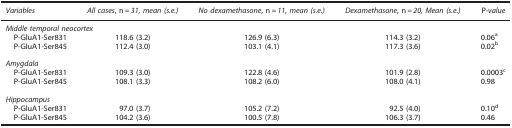
<table><thead><tr><td><b><i>Variables</i></b></td><td><b><i>All cases</i>, n=<i>31, mean (s.e.)</i></b></td><td><b><i>No dexamethasone</i>, n=<i>11, mean (s.e.)</i></b></td><td><b><i>Dexamethasone</i>, n=<i>20, Mean (s.e.)</i></b></td><td><b>P<i>-value</i></b></td></tr></thead><tbody><tr><td colspan="5"><i>Middle temporal neocortex</i></td></tr><tr><td> P-GluA1-Ser831</td><td>118.6 (3.2)</td><td>126.9 (6.3)</td><td>114.3 (3.2)</td><td>0.06a</td></tr><tr><td> P-GluA1-Ser845</td><td>112.4 (3.0)</td><td>103.1 (4.1)</td><td>117.3 (3.6)</td><td>0.02b</td></tr><tr><td colspan="5"> </td></tr><tr><td colspan="5"><i>Amygdala</i></td></tr><tr><td> P-GluA1-Ser831</td><td>109.3 (3.0)</td><td>122.8 (4.6)</td><td>101.9 (2.8)</td><td>0.0003c</td></tr><tr><td> P-GluA1-Ser845</td><td>108.1 (3.3)</td><td>108.2 (6.0)</td><td>108.0 (4.1)</td><td>0.98</td></tr><tr><td colspan="5"> </td></tr><tr><td colspan="5"><i>Hippocampus</i></td></tr><tr><td> P-GluA1-Ser831</td><td>97.0 (3.7)</td><td>105.2 (7.2)</td><td>92.5 (4.0)</td><td>0.10d</td></tr><tr><td> P-GluA1-Ser845</td><td>104.2 (3.6)</td><td>100.5 (7.8)</td><td>106.3 (3.7)</td><td>0.46</td></tr></tbody></table>